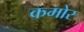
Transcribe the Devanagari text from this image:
कमोर